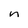
Character: n